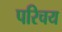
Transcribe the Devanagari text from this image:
परिचय